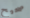
صحيح